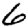
Digit: 6